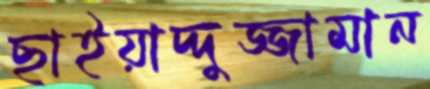
ছাইয়াদ্দুজ্জামান